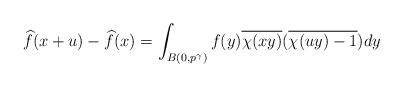
LaTeX: \begin{align*}\widehat{f}(x+u)-\widehat{f}(x)&=\int_{B(0,p^\gamma)}f(y)\overline{\chi(xy)}(\overline{\chi(uy)-1})dy\end{align*}